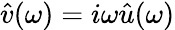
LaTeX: \hat{v}(\omega)=i\omega\hat{u}(\omega)